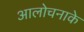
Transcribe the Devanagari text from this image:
आलोचनाके